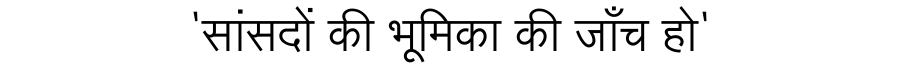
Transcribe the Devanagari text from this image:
'सांसदों की भूमिका की जाँच हो'